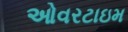
ઓવરટાઇમ